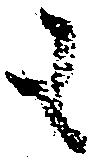
も